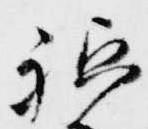
祗